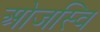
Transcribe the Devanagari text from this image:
ओजस्वि